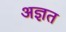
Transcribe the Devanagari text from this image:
अज्ञत